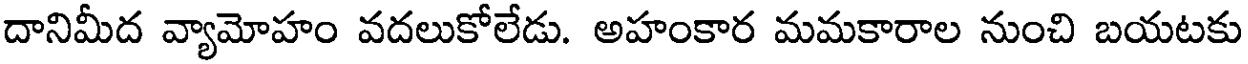
దానిమీద వ్యామోహం వదలుకోలేడు. అహంకార మమకారాల నుంచి బయటకు